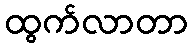
ထွက်လာတာ